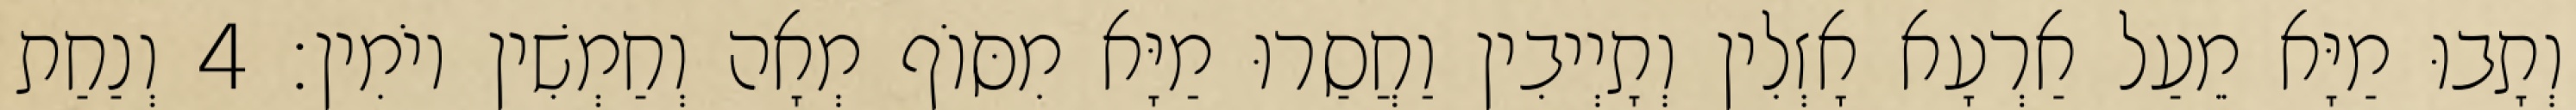
וְתָבוּ מַיָּא מֵעַל אַרְעָא אָזְלִין וְתָיְיבִין וַחֲסַרוּ מַיָּא מִסּוֹף מְאָה וְחַמְשִׁין יוֹמִין׃ 4 וְנַחַת